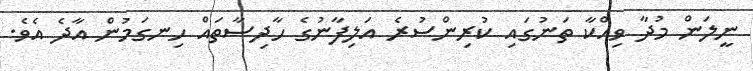
ނީލަން މުދާ ވިއްކާ ތަނުގައި ކުރިންސުރެ އަލިފާނުގެ ހާދިސާތައް ހިނގަމުން އާދެ އެވެ.